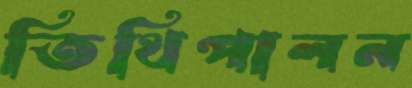
তিথিপালন